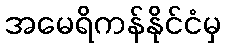
အမေရိကန်နိုင်ငံမှ